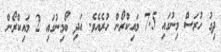
ދިގު ހުރަސް މިނުގައި 7.5 މައިކްރޯން ހުރެއެވެ. އަދި ބޯމިނުގައި 2 މައިކްރޯން